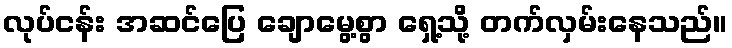
လုပ်ငန်း အဆင်ပြေ ချောမွေ့စွာ ရှေ့သို့ တက်လှမ်းနေသည်။